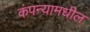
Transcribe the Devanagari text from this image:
कंपन्यामधील